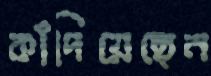
কাঁদিয়েছেন